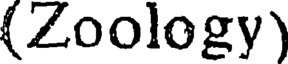
(Zoology)